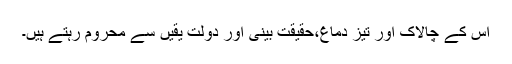
اس کے چالاک اور تیز دماغ،حقیقت بینی اور دولت یقیں سے محروم رہتے ہیں۔